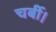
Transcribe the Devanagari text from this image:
चर्बी।